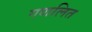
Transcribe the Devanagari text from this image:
गणलित